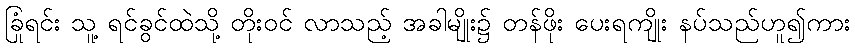
ခြုံရင်း သူ့ ရင်ခွင်ထဲသို့ တိုးဝင် လာသည့် အခါမျိုး၌ တန်ဖိုး ပေးရကျိုး နပ်သည်ဟူ၍ကား